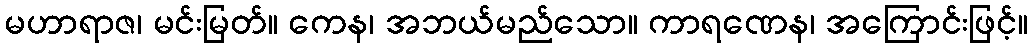
မဟာရာဇ၊ မင်းမြတ်။ ကေန၊ အဘယ်မည်သော။ ကာရဏေန၊ အကြောင်းဖြင့်။